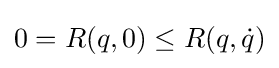
0=R(q,0)\leq R(q,{\dot {q}})